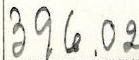
396.02